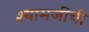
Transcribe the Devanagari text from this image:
श्यामजींची